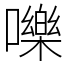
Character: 嚛